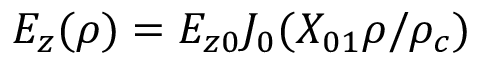
E _ { z } ( \rho ) = E _ { z 0 } J _ { 0 } ( X _ { 0 1 } \rho / \rho _ { c } )